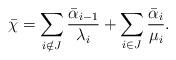
LaTeX: \begin{align*}\bar\chi=\sum_{i\notin J}\frac{\bar\alpha_{i-1}}{\lambda_i}+\sum_{i\in J} \frac{\bar\alpha_i }{\mu_i}.\end{align*}